King Institute of Preventive Medicine Micro-Biological Section reports 1909-11
Year: 1909
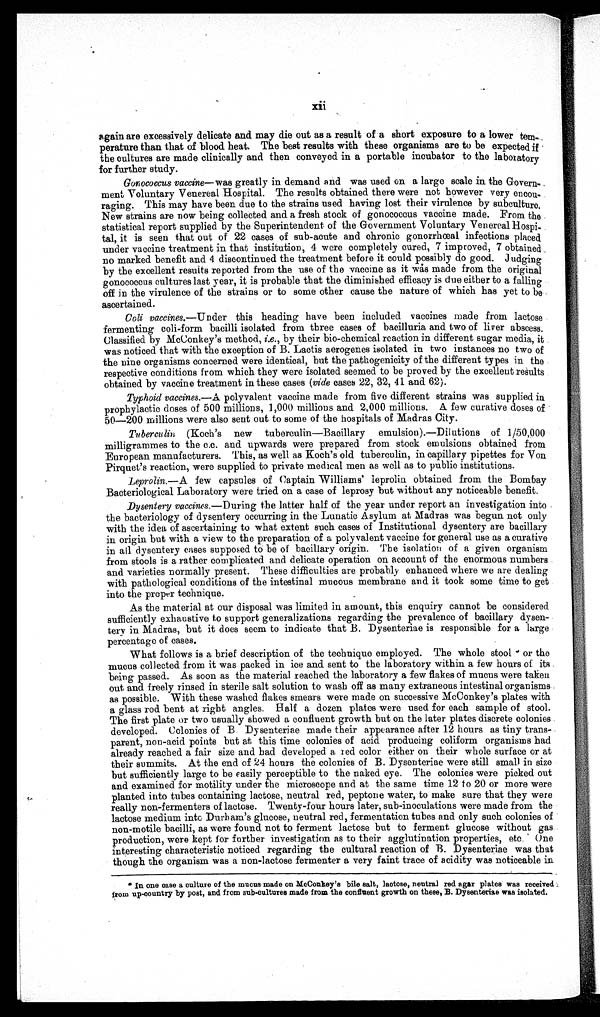
X i i
again are excessively delicate and may die out as a result of a short exposure to a lower te
m - p e r a t u r e t h a n t h a t o f b l o o d h e a t . T h e b e s t r e s u l t s w i t h t h e s e o r g a n i s m s a r e t o b e e x p e c t e d i f
the cultures are made clinically and then conveyed in a portable incubator to the laboratory
for further study.
Gonococcus vaccine—was greatly in demand and was used on a large scale in the Govern-
ment Voluntary, Venereal Hospital. The results obtained there were not however very encou-
raging. This may have been due to the strains used having lost their virulence by subculture.
New strains are now being collected and a fresh stock of gonococcus vaccine made. From the
statistical report supplied by the Superintendent of the Government Voluntary Venereal Hospi-
tal, it is seen that out of 22 cases of sub-acute and chronic gonorrhoeal infections placed
under vaccine treatment in that institution, 4 were completely cured, 7 improved, 7 obtained
no marked benefit and 4 discontinued the treatment before it could possibly do good. Judging
by the excellent results reported from the use of the vaccine as it was made from the original
gonococcus cultures last year, it is probable that the diminished efficacy is due either to a falling
off in the virulence of the strains or to some other cause the nature of which has yet to be
ascertained.
Coli vaccines.—Under this heading have been included vaccines made from lactose
fermenting coli-form bacilli isolated from three cases of bacillary and two of liver abscess.
Classified by McConkey's method, i.e., by t h e i r b i o - c h e mi c a l r e a c t i o n i n d i f f e r e n t s u g a r me d i a , i t
was noticed that with the exception of B. Lactis aerogenes isolated in two instances no two of
the nine organisms concerned were identical, but the pathogenicity of the different types in the
respective conditions from which they were isolated seemed to be proved by the excellent results
obtained by vaccine treatment in these cases (vide cases 22, 32, 91 and 62).
Typhoid vaccines .—A polyvalent vaccine made from five different strains was supplied in
prophylactic doses of 500 millions, 1,000 millions and 2,000 millions. A few curative doses of
50—200 millions were also sent out to some of the hospitals of Madras City.
Tuberculin (Koch's new tuberculin—Bacillary emulsion).—Dilutions of 1/50,000
inilligrammes to the c,c. and upwards were prepared from stock emulsions obtained from
European manufacturers. This, as well as Koch's old tuberculin, in capillary pipettes for Von
Pirquet's reaction, were supplied to private medical men as well as to public institutions.
Leprolin. —A few capsules of Captain Williams' ieprolin obtained from the Bombay
Bacteriological Laboratory were tried on a case of leprosy but without any noticeable benefit.
Dysentery vaccines. —During the latter half of the year under report an investigation into
the bacteriology of dysentery occurring in the Lunatic Asylum at Madras was begun not only
with the idea of ascertaining to what extent such cases of Institutional dysentery are bacillary
in origin but with a view to the preparation of a polyvalent vaccine for general use as a curative
in all dysentery cases supposed to be of bacillary origin. The isolation of a given organism
from stools is a rather complicated and delicate operation on account of the enormous numbers
and varieties normally present. These difficulties are probably enhanced where we are dealing
with pathological conditions of the intestinal mucous membrane and it took some time to get
into the proper technique.
As the material at our disposal was limited in amount, this enquiry cannot be considered
sufficiently exhaustive to support generalizations regarding the prevalence of bacillary dysen-
tery in Madras, but it does seem to indicate that B. Dysenterme is responsible for a large
percentage of cases.
What follows is a brief description of the technique employed. The whole stool or the
mucus collected from it was packed in ice and sent to the laboratory within a few hours of its
being passed. As soon as the material reached the laboratory a few flakes of mucus were taken
out and freely rinsed in sterile salt solution to wash off as many extraneous intestinal organisms
as possible. With these washed flakes smears were made on successive McConkey's plates with
a glass rod bent at right angles. Half a dozen plates were used for each sample of stool.
The first plate or two usually showed a confluent growth but on the later plates discrete colonies
developed. Colonies of B Dysenteriae made their appearance after 12 hours as tiny trans-
- p a r e n t ,
n o n - a c i d p o i n t s b u t a t t h i s t i m e c o l o n i e so
f a c i d p r o d u c i n g c o l i f o r m o r g a n i s m s h a d
already reached a fair size and had developed a red color either on their whole surface or at
their summits. At the end of 24 hours the colonies of B. Dysenteriae were still small in size
but sufficiently large to be easily perceptible to the naked eye. The colonies were picked out
and examined for motility under the microscope and at the same time 12 to 20 or more were
planted into tubes containing lactose, neutral red, peptone water, to make sure that they were
really non-fermenters of lactose. Twenty-four hours later, sub-inoculations were made from the
lactose medium into Durham's glucose, neutral red, fermentation tubes and only such colonies of
non-motile bacilli, as were found not to ferment lactose but to ferment glucose without gas
production, were kept for further investigation as to their agglutination properties, etc. One
interesting characteristic noticed regarding the cultural reaction of B. Dysenteriae was that
though the organism was a non-lactose fermenter a very faint trace of acidity was noticeable in
In one case a culture of the mucus made on McConkey's bile salt, lactose, neutral red agar plates was received
f r o m u p - c o u n t r y b y p o s t , a n d f r o m s u b - c u l t u r e s ma d e f r o m t h e c o n f l u e n t g r o w t h o n t h e s e , B . D y s e n t e r i a e w a s i s o l a t e d .